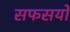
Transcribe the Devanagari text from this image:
सफसयों